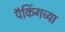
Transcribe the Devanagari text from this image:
पॅकिंगच्या